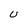
Character: U